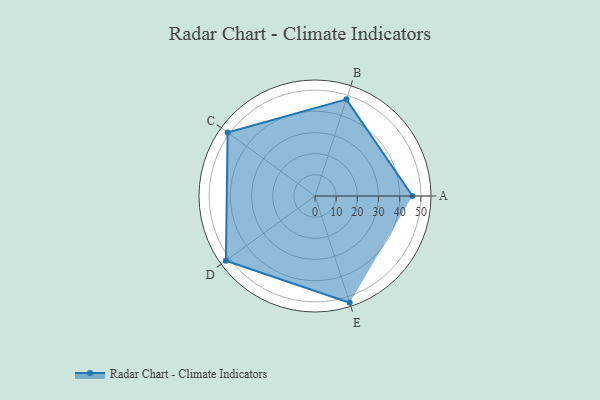
{"axis": {"x": "Skill", "y": "Score"}, "legend": ["Profile"], "data": [{"x": "A", "y": 46.0, "type": "Profile"}, {"x": "B", "y": 48.0, "type": "Profile"}, {"x": "C", "y": 51.0, "type": "Profile"}, {"x": "D", "y": 52.0, "type": "Profile"}, {"x": "E", "y": 53.0, "type": "Profile"}]}